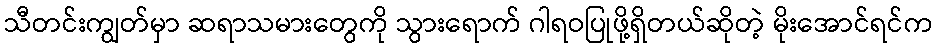
သီတင်းကျွတ်မှာ ဆရာသမားတွေကို သွားရောက် ဂါရဝပြုဖို့ရှိတယ်ဆိုတဲ့ မိုးအောင်ရင်က